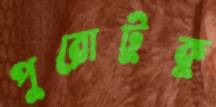
পুরোটুকু